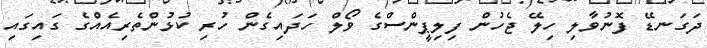
ދަގަނޑޭ ފޮނުވާލި ހިލޭ ޖެހުން ފިލިޕީންސްގެ ވޯލް ހަދައިގެން ހުރި ކުޅުންތެރިއެއްގެ ގައިގައި